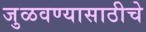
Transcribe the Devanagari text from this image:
जुळवण्यासाठीचे